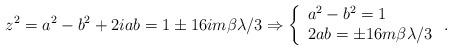
LaTeX: \begin{align*}z^{2}=a^{2}-b^{2}+2iab=1\pm 16im\beta \lambda/3 \Rightarrow \left\lbrace\begin{array}{l}a^{2}-b^{2}=1 \\2ab=\pm 16m\beta \lambda/3\end{array} \right. .\end{align*}